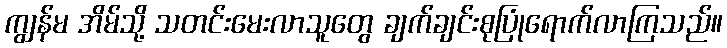
ကျွန်မ အိမ်သို့ သတင်းမေးလာသူတွေ ချက်ချင်းစုပြုံရောက်လာကြသည်။